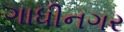
ગાધીનગર